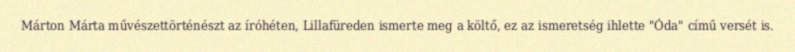
Márton Márta művészettörténészt az íróhéten, Lillafüreden ismerte meg a költő, ez az ismeretség ihlette "Óda" című versét is.